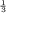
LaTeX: { } _ { \frac { 1 } { 3 } }